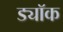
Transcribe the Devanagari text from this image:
ड्यॉक